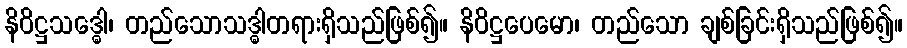
နိဝိဋ္ဌသဒ္ဓေါ၊ တည်သောသဒ္ဓါတရားရှိသည်ဖြစ်၍။ နိဝိဋ္ဌပေမော၊ တည်သော ချစ်ခြင်းရှိသည်ဖြစ်၍။